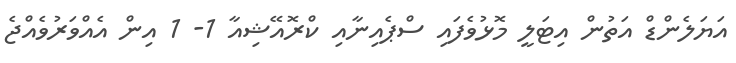
އަޔަލެންޑް އަތުން އިޓަލީ މޮޅުވެފައި ސްޕެއިނާއި ކްރޮއޭޝިއާ 1- 1 އިން އެއްވަރުވެއްޖެ